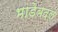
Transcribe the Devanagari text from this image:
भाडेबदल